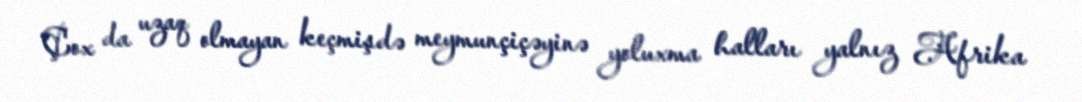
Çox da uzaq olmayan keçmişdə meymunçiçəyinə yoluxma halları yalnız Afrika